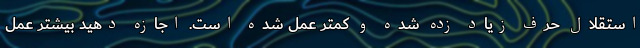
استقلال حرف زیاد زده شده و کمتر عمل شده است. اجازه دهید بیشتر عمل